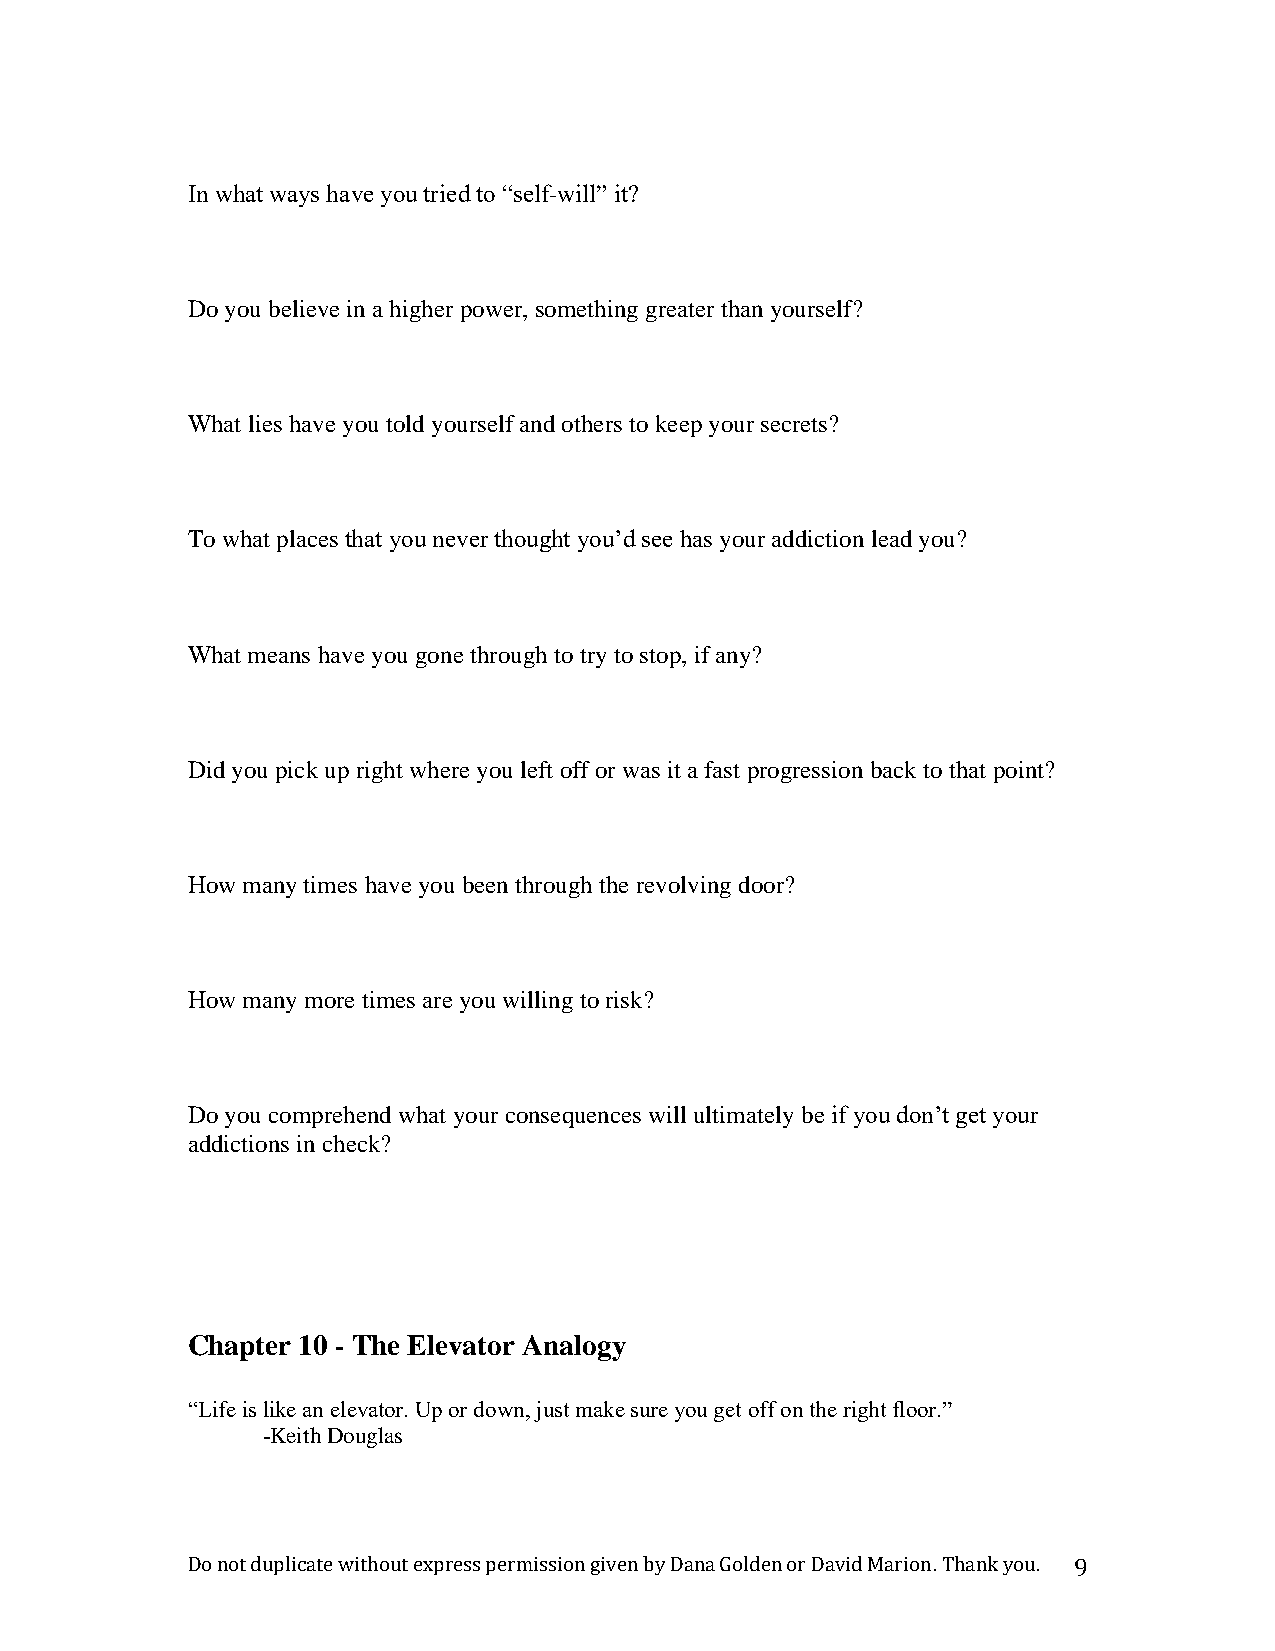
In what ways have you tried to “self-will” it?
 Do you believe in a higher power, something greater than yourself?
 What lies have you told yourself and others to keep your secrets?
 To what places that you never thought you’d see has your addiction lead you?
 What means have you gone through to try to stop, if any?
 Did you pick up right where you left off or was it a fast progression back to that point?
 How many times have you been through the revolving door?
 How many more times are you willing to risk?
 Do you comprehend what your consequences will ultimately be if you don’t get your
 addictions in check?
 Chapter 10 - The Elevator Analogy
 “Life is like an elevator. Up or down, just make sure you get off on the right floor.”
 -Keith Douglas
 Do not duplicate without express permission given by Dana Golden or David Marion. Thank you. 9